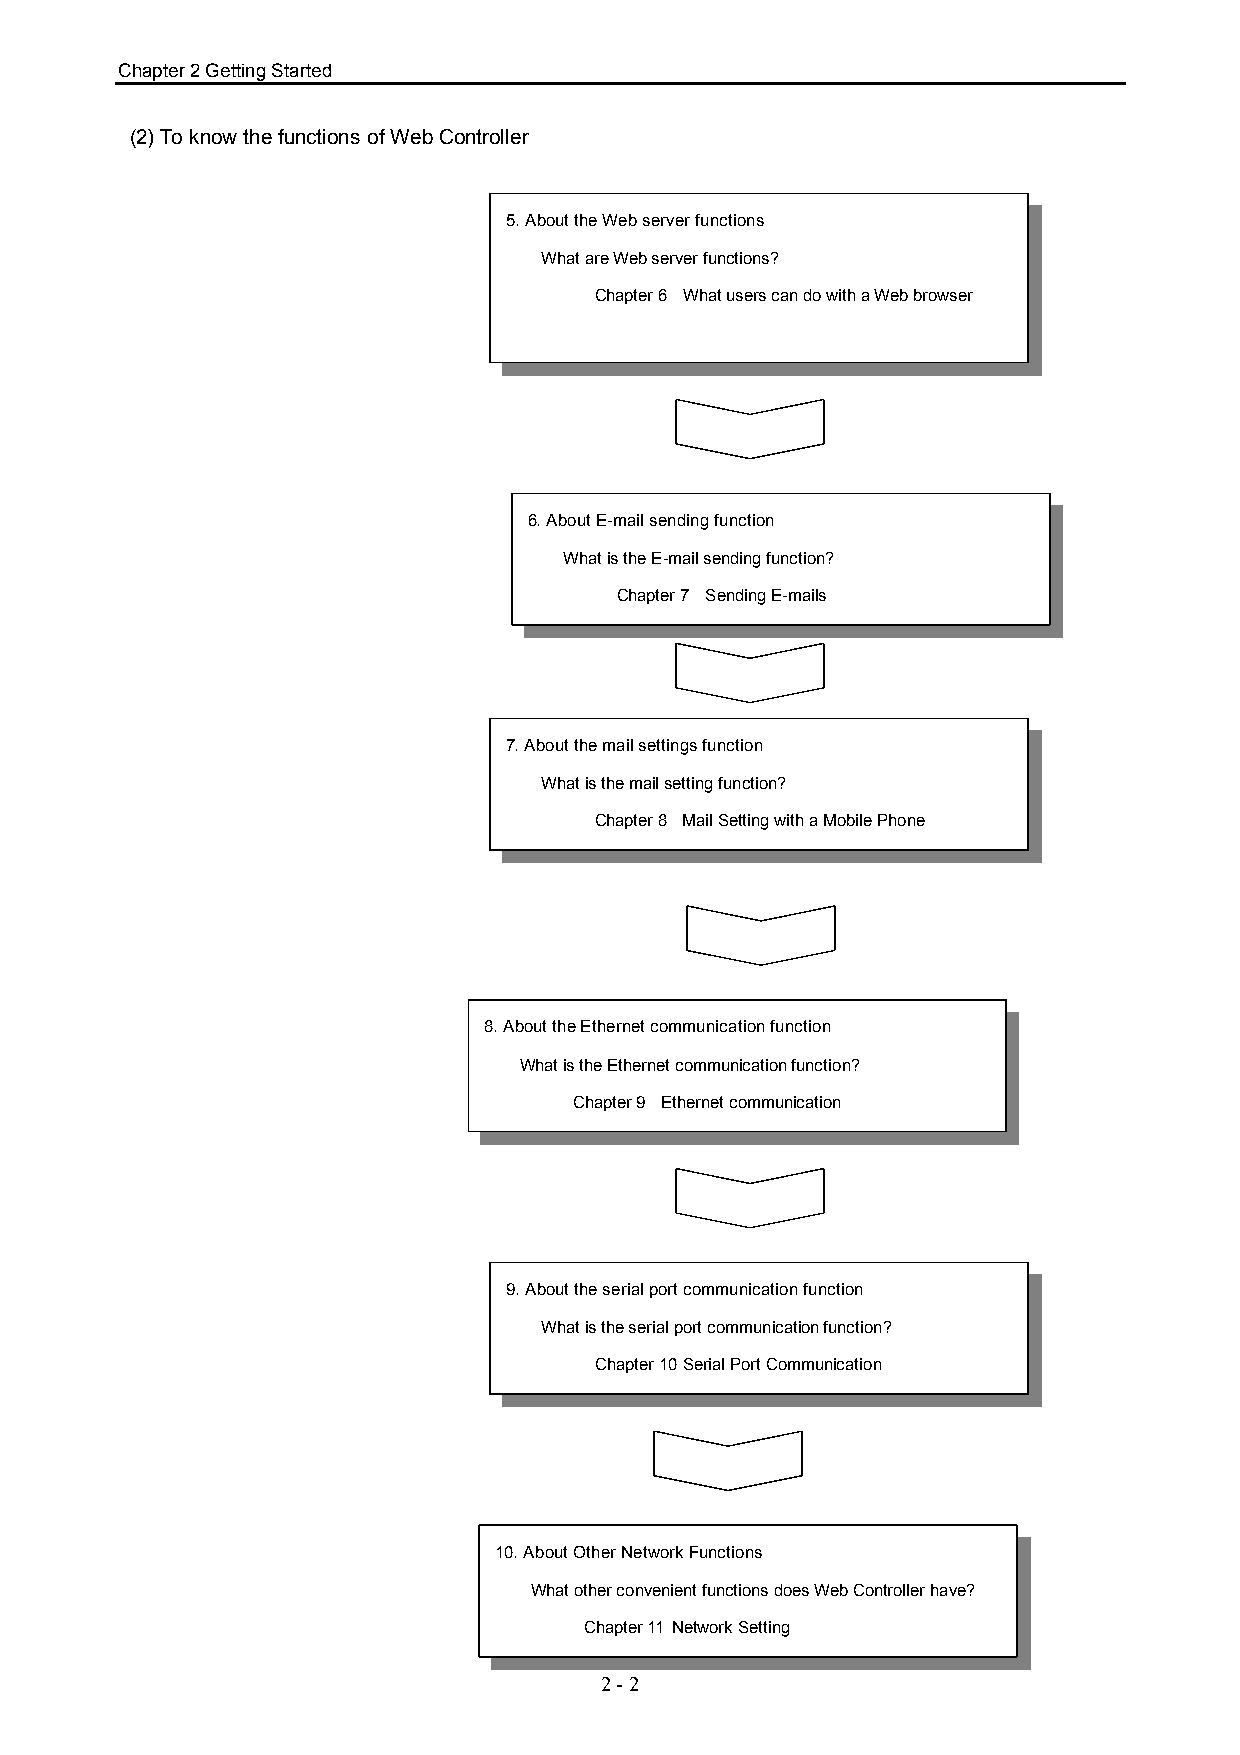
Chapter 2 Getting Started
 (2) To know the functions of Web Controller
 5. About the Web server functions
 What are Web server functions?
 Chapter 6 What users can do with a Web browser
 6. About E-mail sending function
 What is the E-mail sending function?
 Chapter 7 Sending E-mails
 7. About the mail settings function
 What is the mail setting function?
 Chapter 8 Mail Setting with a Mobile Phone
 8. About the Ethernet communication function
 What is the Ethernet communication function?
 Chapter 9 Ethernet communication
 9. About the serial port communication function
 What is the serial port communication function?
 Chapter 10Serial Port Communication
 10. About Other Network Functions
 What other convenient functions does Web Controller have?
 Chapter 11 Network Setting
 2 - 2